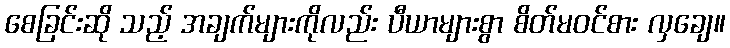
စေခြင်းဆို သည့် အချက်များကိုလည်း ပီယာများစွာ စိတ်မဝင်စား လှချေ။